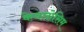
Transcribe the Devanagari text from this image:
केवलोसिम